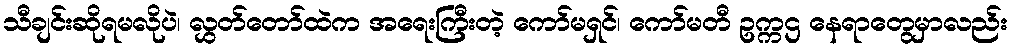
သီချင်းဆိုရမလိုပဲ၊ လွှတ်တော်ထဲက အရေးကြီးတဲ့ ကော်မရှင်၊ ကော်မတီ ဥက္ကဌ နေရာတွေမှာလည်း